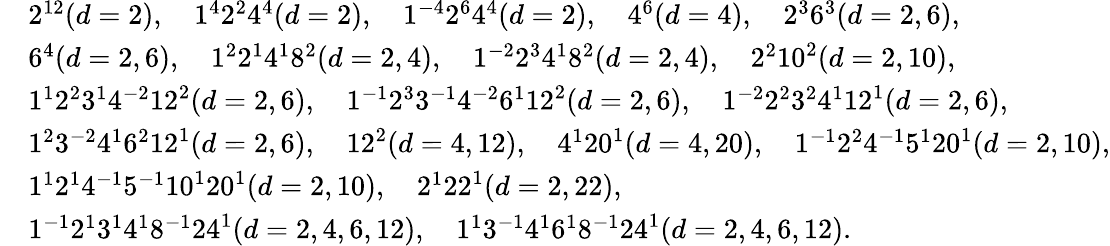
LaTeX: \begin{array}{rl}&{2^{12}(d=2),\quad 1^{4}2^{2}4^{4}(d=2),\quad 1^{-4}2^{6}4^{4}(d=2),\quad 4^{6}(d=4),\quad 2^{3}6^{3}(d=2,6),}\\ &{6^{4}(d=2,6),\quad 1^{2}2^{1}4^{1}8^{2}(d=2,4),\quad 1^{-2}2^{3}4^{1}8^{2}(d=2,4),\quad 2^{2}10^{2}(d=2,10),}\\ &{1^{1}2^{2}3^{1}4^{-2}12^{2}(d=2,6),\quad 1^{-1}2^{3}3^{-1}4^{-2}6^{1}12^{2}(d=2,6),\quad 1^{-2}2^{2}3^{2}4^{1}12^{1}(d=2,6),}\\ &{1^{2}3^{-2}4^{1}6^{2}12^{1}(d=2,6),\quad 12^{2}(d=4,12),\quad 4^{1}20^{1}(d=4,20),\quad 1^{-1}2^{2}4^{-1}5^{1}20^{1}(d=2,10),}\\ &{1^{1}2^{1}4^{-1}5^{-1}10^{1}20^{1}(d=2,10),\quad 2^{1}22^{1}(d=2,22),}\\ &{1^{-1}2^{1}3^{1}4^{1}8^{-1}24^{1}(d=2,4,6,12),\quad 1^{1}3^{-1}4^{1}6^{1}8^{-1}24^{1}(d=2,4,6,12).}\end{array}